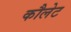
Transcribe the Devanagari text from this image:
कौलेट